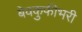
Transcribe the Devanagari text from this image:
बेवकुफीभरी